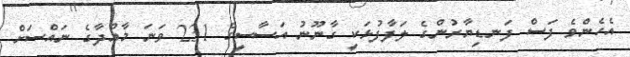
އެހެންވެ ފަސް ފަނޑިޔާރުންގެ ލަފާފުޅަކީ ގާނޫނު އަސާސީގެ 231 ވަނަ މާއްދާގެ ނައްސަށް